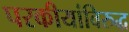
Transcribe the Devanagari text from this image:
परकीयांविरुद्ध